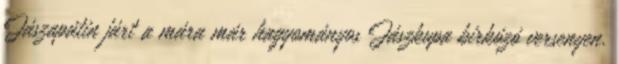
Jászapátin járt a mára már hagyományos Jászkupa birkózó versenyen.